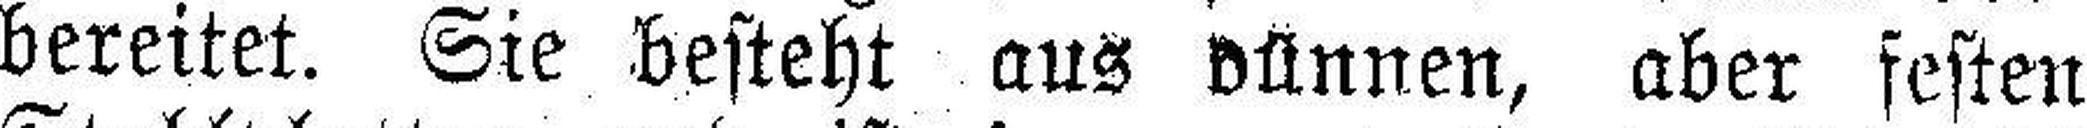
bereitet. Sie besteht aus dünnen, aber festen